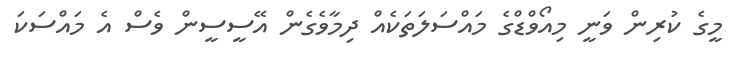
މީގެ ކުރިން ވަނީ މިއޯވްޑްގެ މައްސަލަތަކެއް ދިމާވެގެން އޭސީސީން ވެސް އެ މައްސަކަ